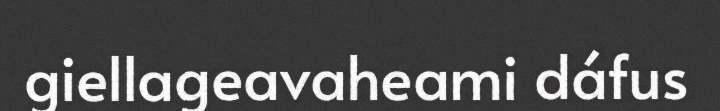
giellageavaheami dáfus